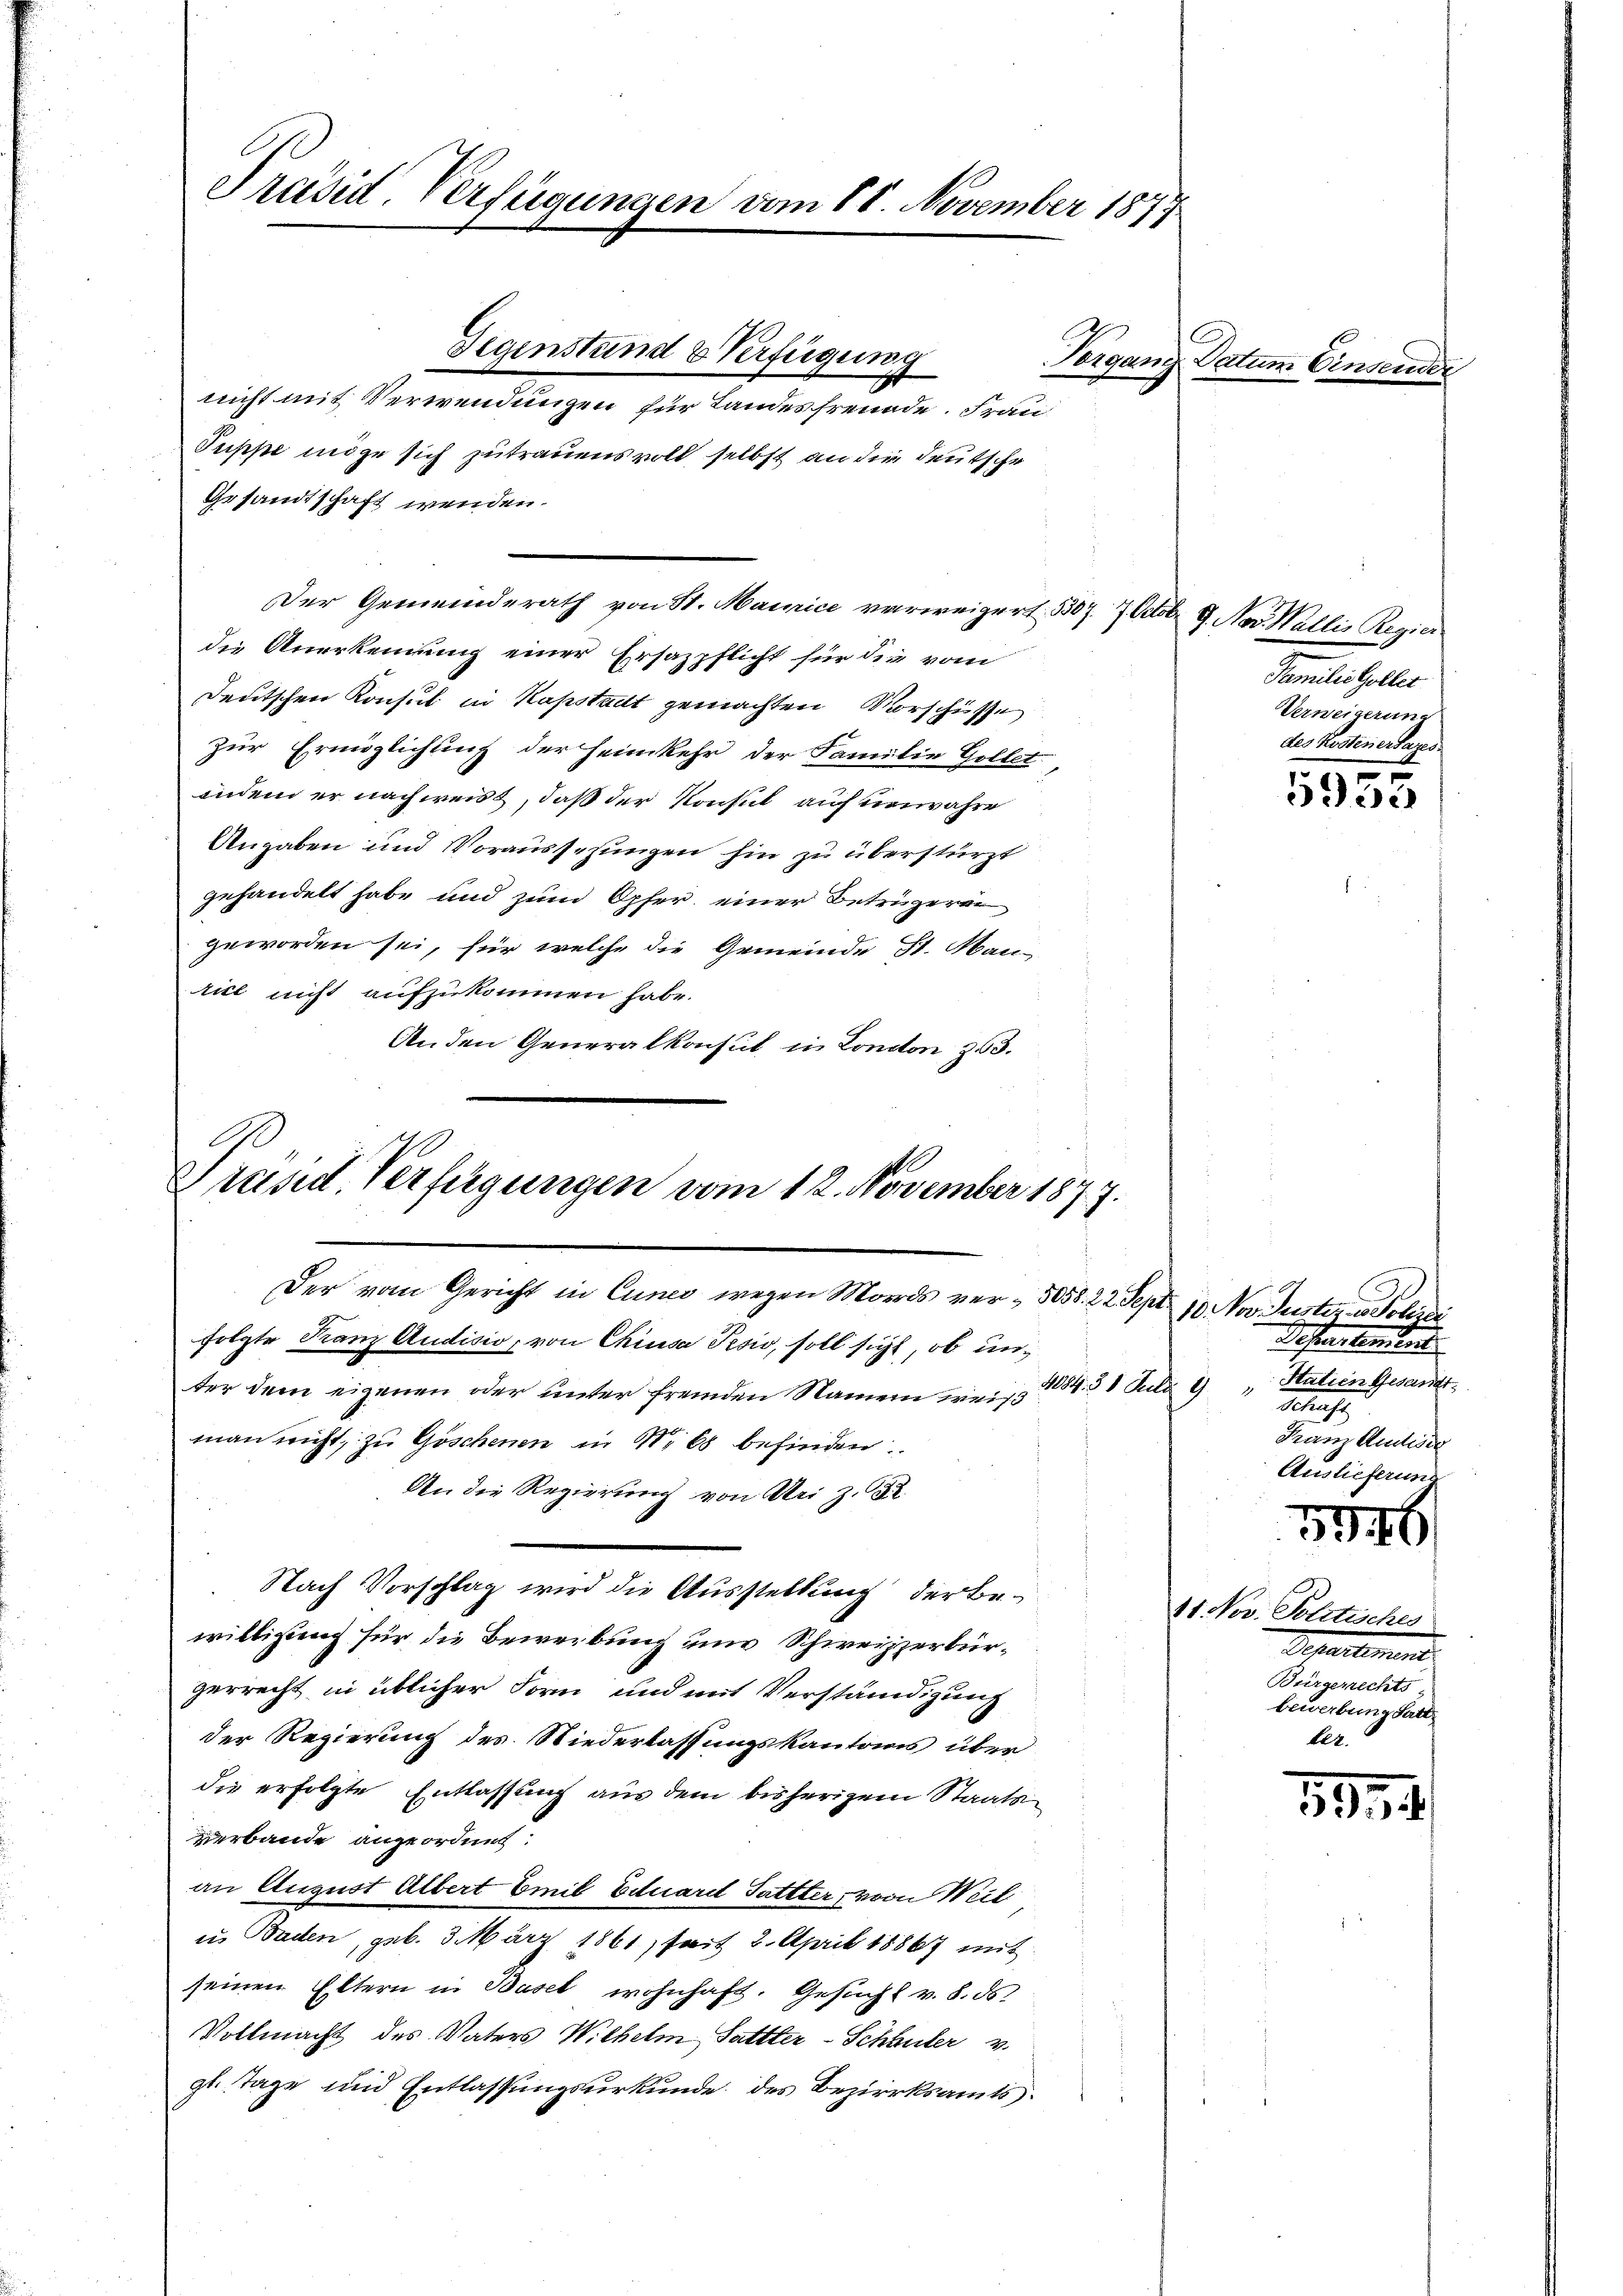
Präsid. Verfügungen vom 18. November 1847

Gegenstand & Verfügung
nicht mit Verwendungen für Landesfreude. Frau
Puppe möge sich zutrauens voll, selbst an die deutsche
Gesandtschaft wenden.
Der Gemeinderath von St. Mainice verweigert 3307. 7. Octobr 9. Nov. Wallis Regier
die Anerkennung einer Ersazpflicht für die vom
Deutschen Konsul in Kapstadt gemachten Vorschüsse
zur Ermöglichung der Heimkehr der Familie Gollet
inden er nachweiss, daß der Konsul auch unwahre
Angaben und Voraussesungen hin zu überstürzt
gehandelt habe und zum Opfer einer Betruzern
geworden sei, für welche die Gemeinde St. Hau
rice nicht aufzukommen habe.
Anden Generalkonsul in Conton 253.

Präsid. Verfügungen vom 12. November 1877.
Der vom Gericht in Cunes wegen Mords ver- 5058. 22 Sept

ter dem eigenen oder unter fremden Namen weis 1884. 31 Juli 19
man nicht, zu Göschenen in No 68 befinden
An die Regierung von Uri z. B.

folgte Franz Audisio, von Chiusa Pesio, soll sicht, ob un¬
Nach Vorschlag wird die Ausstellung der Bewilligung für die Bewerbung eine Schweizzerbürgerrecht in üblicher Form und mit Verständigung
der Regierung des Niederlassungskantonis über
die erfolgte Entlassung aus dem bisherigem Staatsverbande angeordnet:
an August Albert Emil Eduard Sattter, von Weil
u. Baden, geb. 3. März 1861, seit 2. April 18867 mit
seinen Eltern in Basel wohnhaft. Gesucht v. 8. ds.
Vollmacht des Vaters Wilhelm Sattler-Schauter v.
gt. Tage und Entlassungsurkunde des Bezirksamts¬

Vergang Datum Ein

Familie Göller
Verneigerung
des Kostenersages

n
10. Nov. Guster wo Polizei
Definitament
Statien Gesandt
d
.
Franz Antisie
Auslieferung

x
530

5946

11. Nov. Politisches
Separtement
Bürgerrechts
bewerbung Satt
12.

1934.